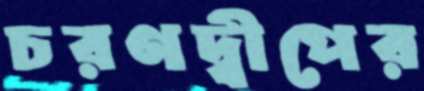
চরণদ্বীপের